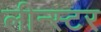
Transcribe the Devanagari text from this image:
लीन्स्टर